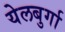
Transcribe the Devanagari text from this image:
येलबुर्गा